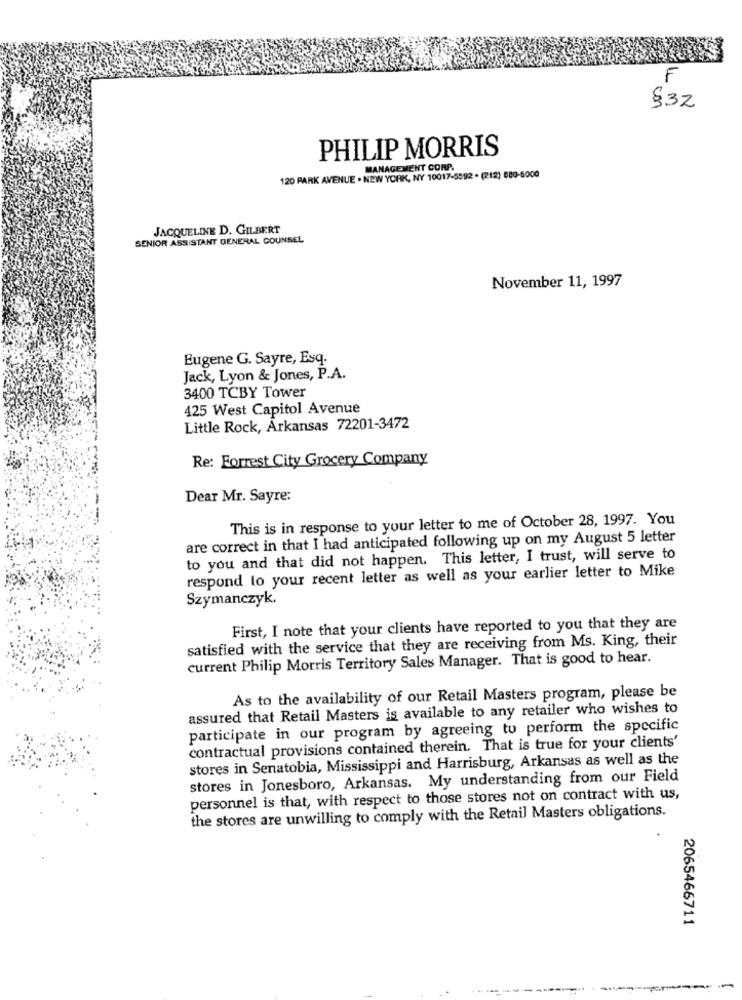
F
832
PHILIP MORRIS
MANAGEMENT CORP.
120 PARK AVENUE . NEW YORK, NY 10017-5592 . (212) 880-5000
JACQUELINE D. GILBERT
SENIOR ASSISTANT GENERAL COUNSEL
November 11, 1997
Eugene G. Sayre, Esq.
Jack, Lyon & Jones, P.A.
3400 TCBY Tower
425 West Capitol Avenue
Little Rock, Arkansas 72201-3472
Re: Forrest City Grocery Company
Dear Mr. Sayre:
This is in response to your letter to me of October 28, 1997. You
are correct in that I had anticipated following up on my August 5 letter
to you and that did not happen. This letter, I trust, will serve to
respond to your recent letter as well as your earlier letter to Mike
Szymanczyk.
First, I note that your clients have reported to you that they are
satisfied with the service that they are receiving from Ms. King, their
current Philip Morris Territory Sales Manager. That is good to hear.
As to the availability of our Retail Masters program, please be
assured that Retail Masters is available to any retailer who wishes to
participate in our program by agreeing to perform the specific
contractual provisions contained therein. That is true for your clients'
stores in Senatobia, Mississippi and Harrisburg, Arkansas as well as the
stores in Jonesboro, Arkansas. My understanding from our Field
personnel is that, with respect to those stores not on contract with us,
the stores are unwilling to comply with the Retail Masters obligations.
2065466711
-